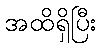
အထိရှိပြီး